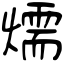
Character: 燸